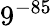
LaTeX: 9^{-85}